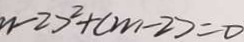
- 2 ) ^ { 2 } + ( m - 2 ) = 0